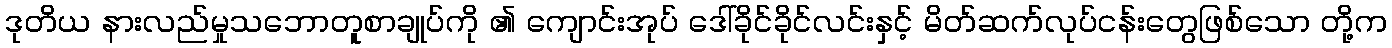
ဒုတိယ နားလည်မှုသဘောတူစာချုပ်ကို ၏ ကျောင်းအုပ် ဒေါ်ခိုင်ခိုင်လင်းနှင့် မိတ်ဆက်လုပ်ငန်းတွေဖြစ်သော တို့က